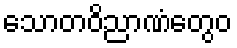
သောတဝိညာဏံတွေဝ